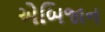
એબિજાન